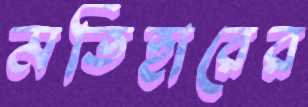
মতিহারের